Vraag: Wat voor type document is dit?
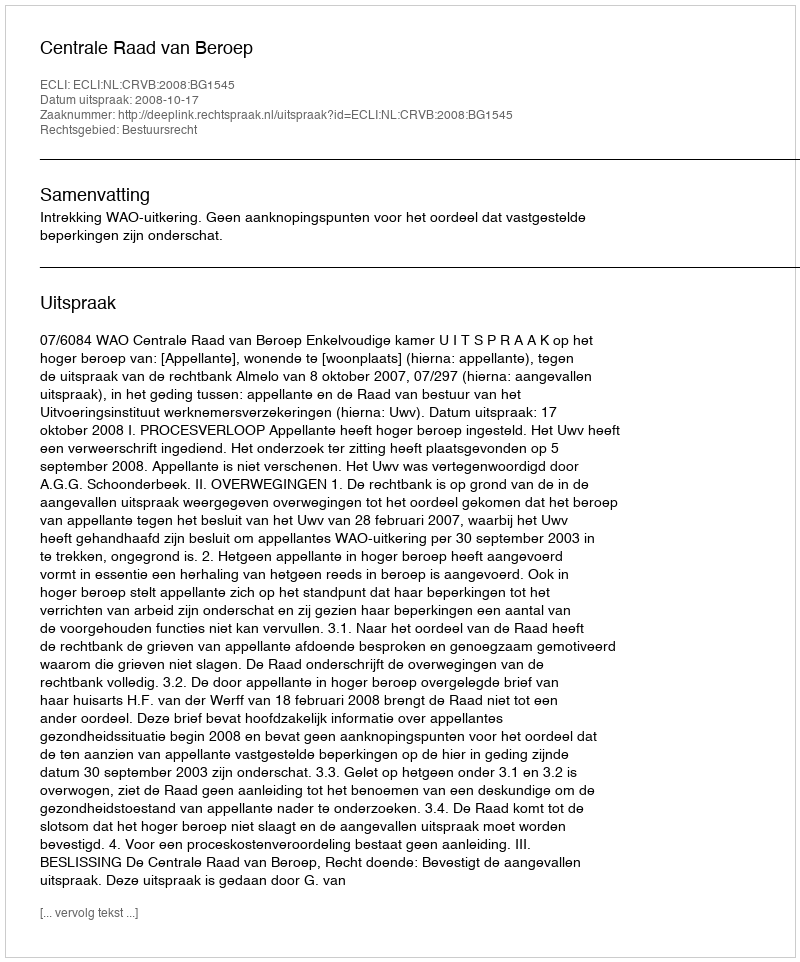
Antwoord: Uitspraak